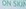
ON SKIN